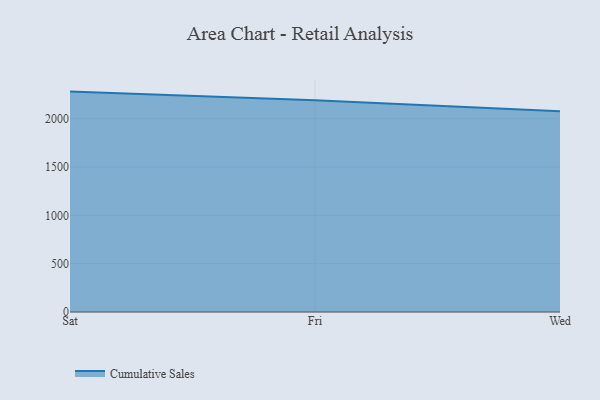
{"axis": {"x": "Day", "y": "Energy Usage (MWh)"}, "legend": ["Cumulative Sales"], "data": [{"x": "Sat", "y": 2280.4, "type": "Cumulative Sales"}, {"x": "Fri", "y": 2191.7, "type": "Cumulative Sales"}, {"x": "Wed", "y": 2077.4, "type": "Cumulative Sales"}]}